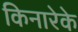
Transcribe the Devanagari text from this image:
किनारेके